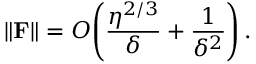
\left\| \mathbf { F } \right\| = { \cal O } \! \left( \frac { \eta ^ { 2 / 3 } } { \delta } + \frac { 1 } { \delta ^ { 2 } } \right) .